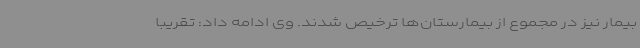
بیمار نیز در مجموع از بیمارستان‌ها ترخیص شدند. وی ادامه داد: تقریبا